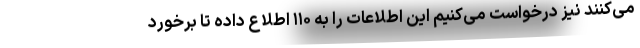
می‌کنند نیز درخواست می‌کنیم این اطلاعات را به ۱۱۰ اطلاع داده تا برخورد